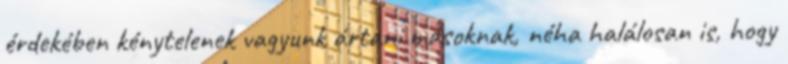
érdekében kénytelenek vagyunk ártani másoknak, néha halálosan is, hogy